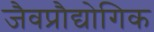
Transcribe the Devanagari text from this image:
जैवप्रौद्योगिक